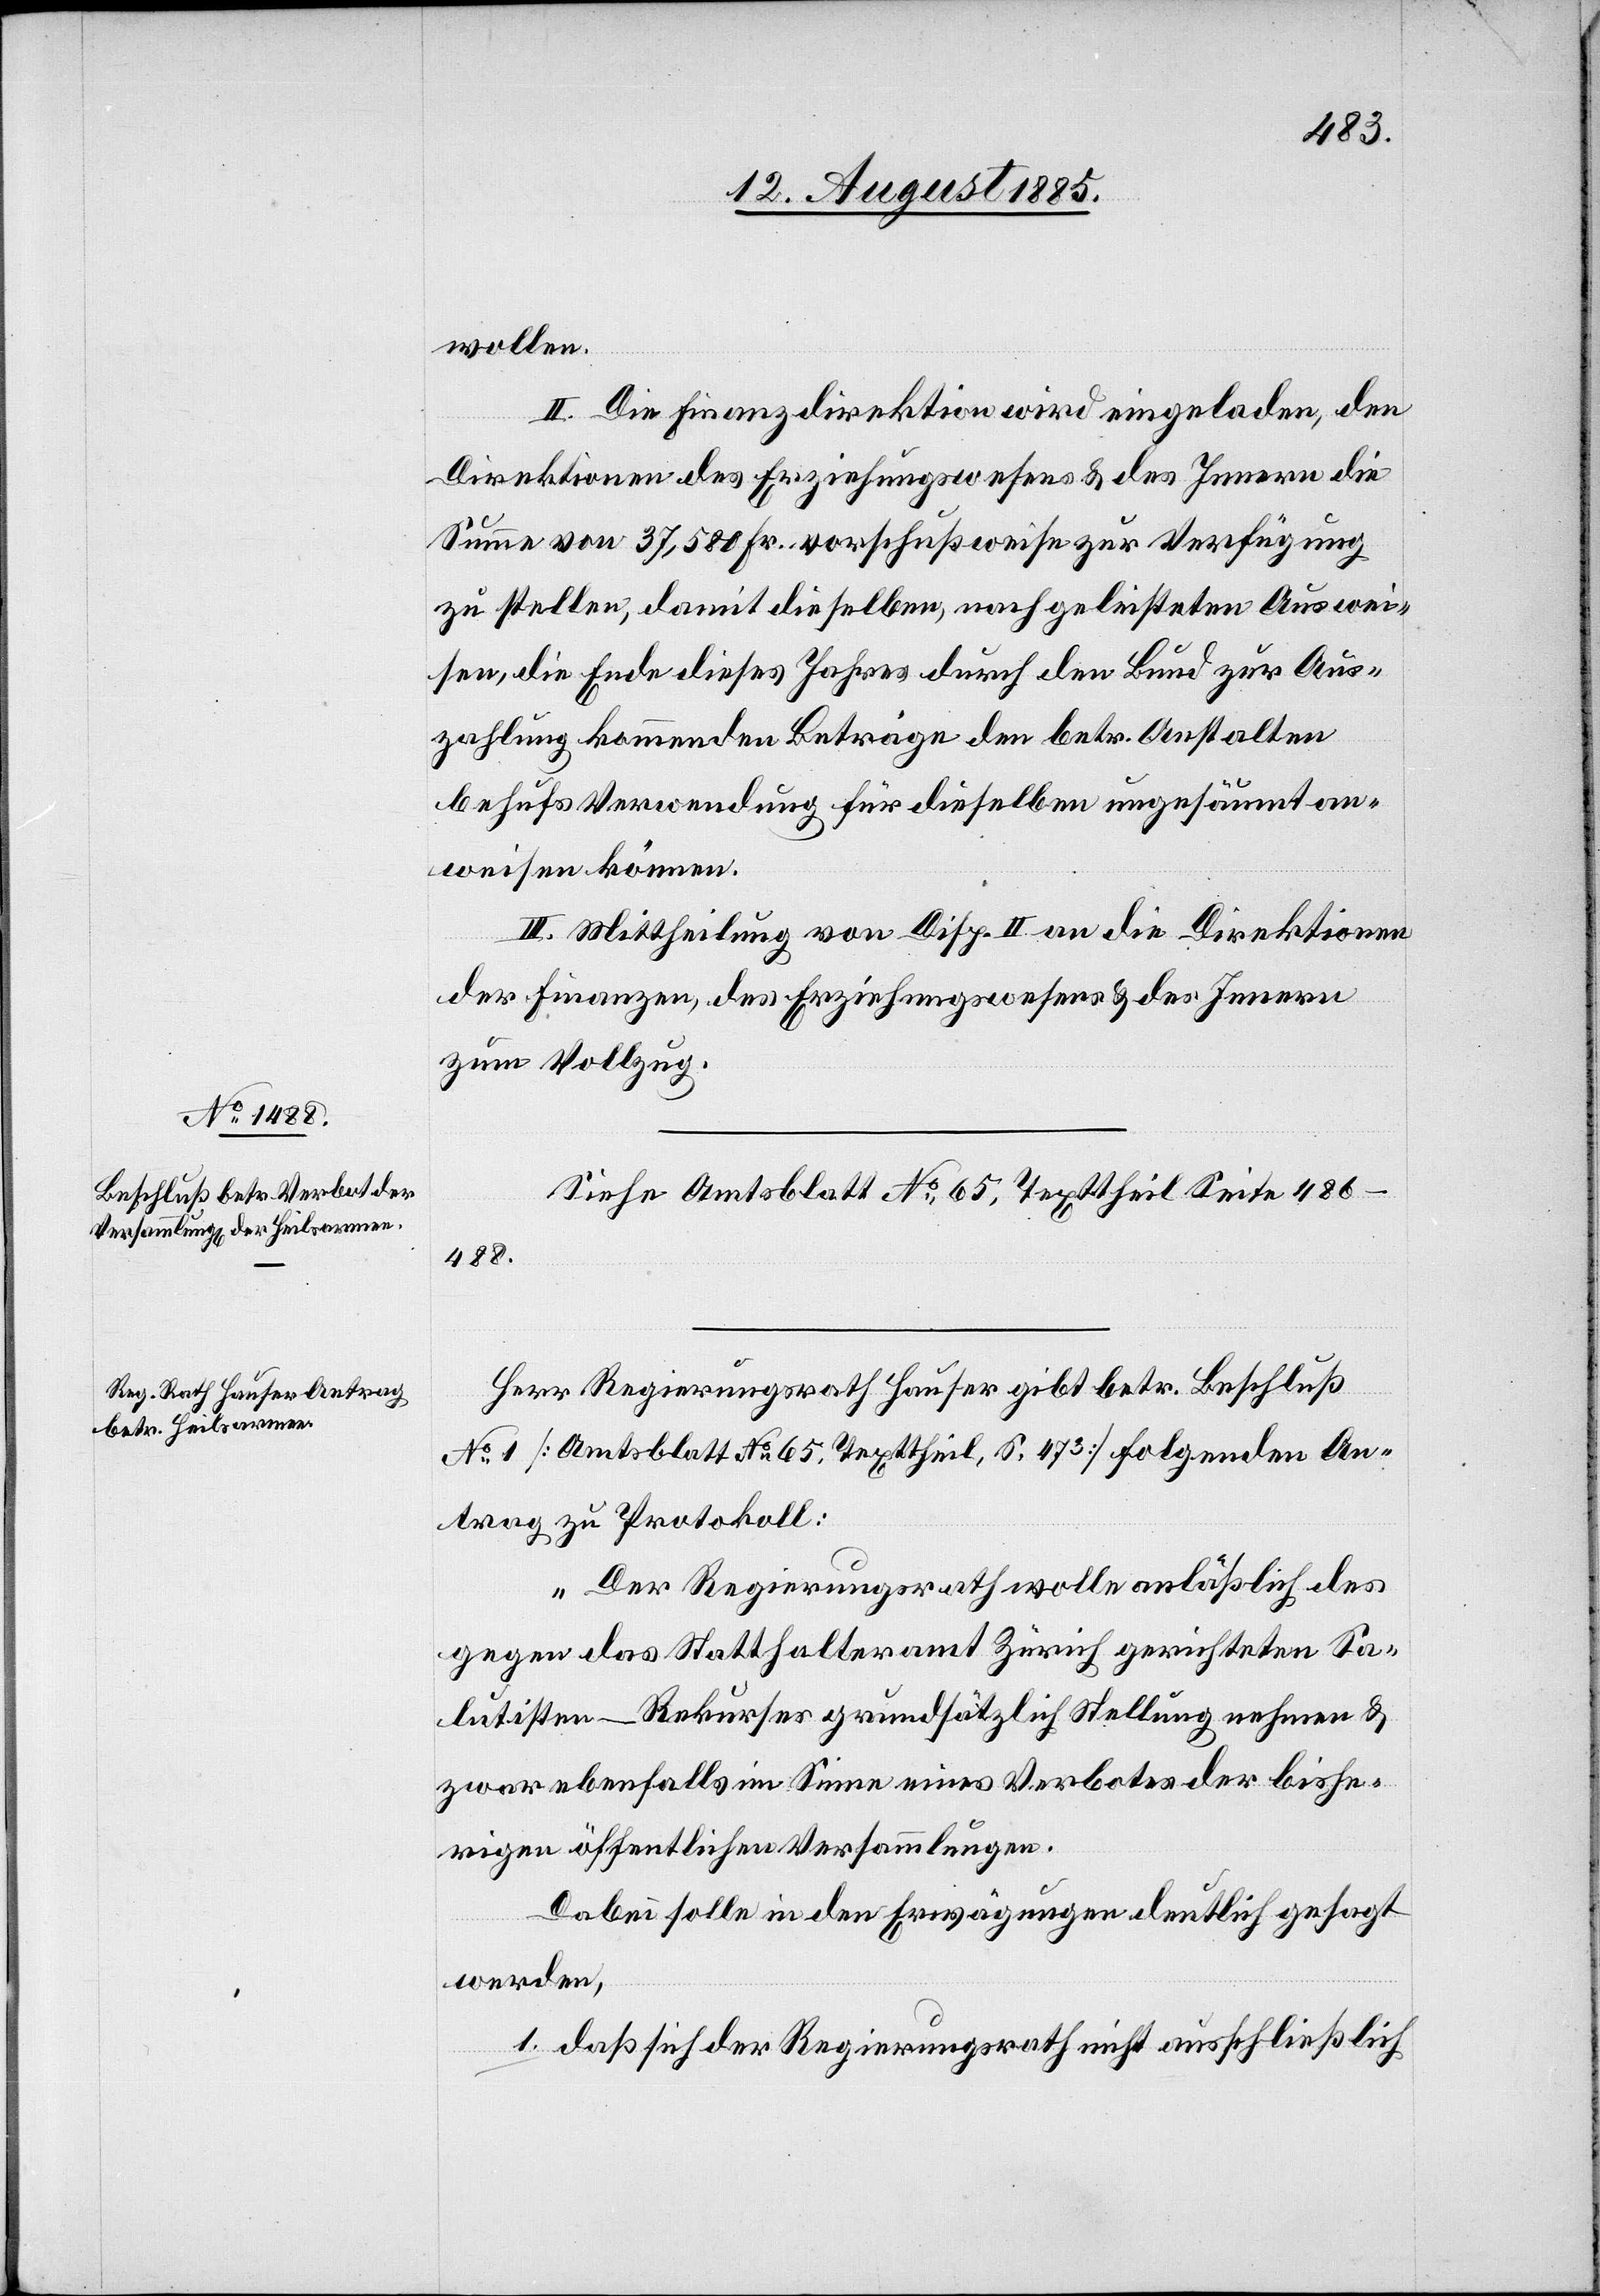
Siehe Amtsblatt No 65, Texttheil Seite 486–488.
Herr Regierungsrath Hauser gibt betr. Beschluß
No 1 [Amtsblatt No 65. Texttheil, S. 473] folgenden An¬
trag zu Protokoll:
„Der Regierungsrath wolle anläßlich des
gegen das Statthalteramt Zürich gerichteten Sa¬
lutisten-Rekurses grundsätzlich Stellung nehmen &
zwar ebenfalls im Sinne eines Verbotes der bishe¬
rigen öffentlichen Versammlungen.
Dabei solle in den Erwägungen deutlich gesagt
werden,
1. daß sich der Regierungsrath nicht ausschließlich